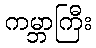
ကမ္ဘာကြီး